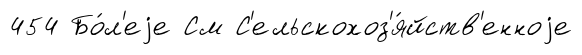
454 Бо́л'еjе См С'ельскохоз'я́йств'енноjе